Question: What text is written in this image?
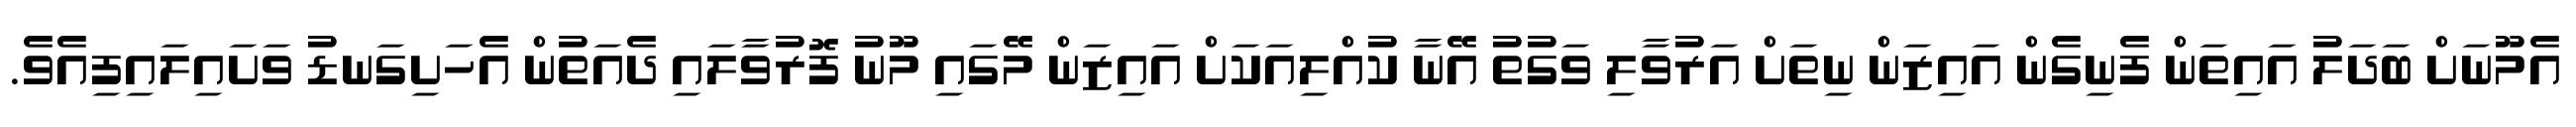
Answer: އެމޫނަށް ބަދަލު އައިތަން ފެނިގެން އައިޒަން ނިތަށް އަރުވާލި ވަގުތު އޭނާ ކުއްލިއަކަށް އައިޒަން މޭގައި މޫނު ފޮރުވާލައި ދެއަތުން އެހަށިގަނޑު ވަށައިލައިފިއެވެ.